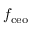
f _ { \mathrm { c e o } }